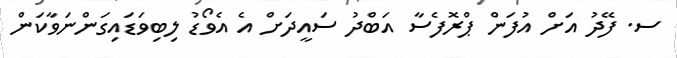
ސ. ފޭދު އަށް އުފަން ޕްރޮފެސާ އަބްދު ސައީދަށް އެ އެވޯޑު ލިބިވަޑައިގަންނަވާކަން